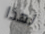
لهذا